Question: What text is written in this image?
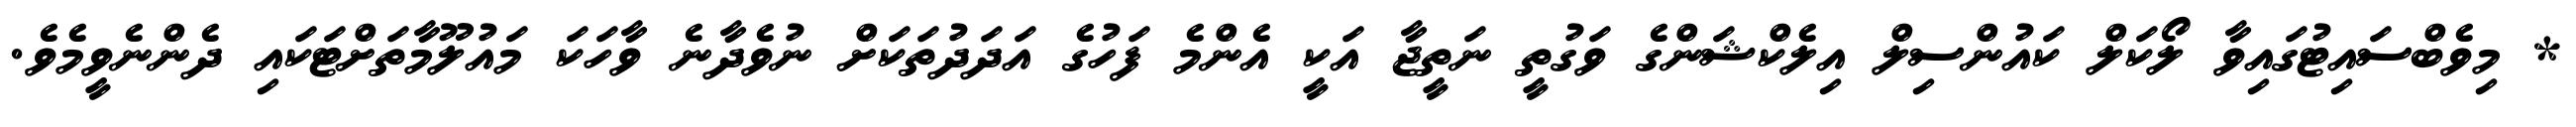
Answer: * މިވެބްސައިޓުގައިވާ ލޯކަލް ކައުންސިލް އިލެކްޝަންގެ ވަގުތީ ނަތީޖާ އަކީ އެންމެ ފަހުގެ އަދަދުތަކަށް ނުވެދާނެ ވާހަކަ މައުލޫމާތަށްޓަކައި ދެންނެވީމެވެ.